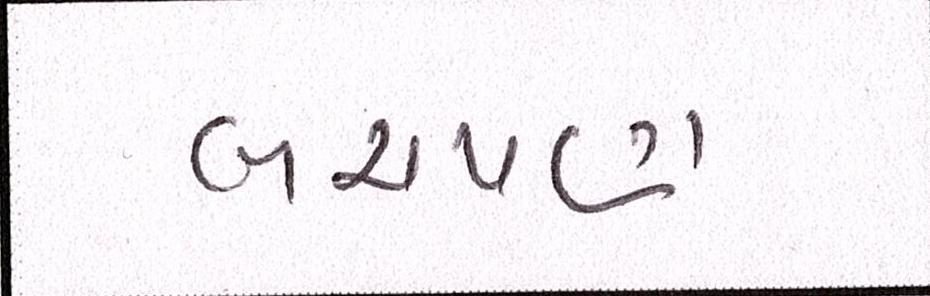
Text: બચપણ